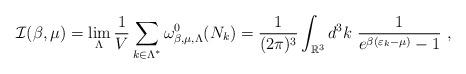
LaTeX: \begin{align*}\mathcal{I}(\beta,\mu) = \lim_{\Lambda} \frac{1}{V} \sum_{k \in \Lambda^{*}} \omega_{\beta,\mu,\Lambda}^{0}(N_k)= \frac{1}{(2\pi)^3}\int_{\mathbb{R}^3} d^3 k \ \frac{1}{e^{\beta \left(\varepsilon_{k}-\mu \right)}-1} \ ,\end{align*}